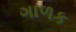
ગાળક